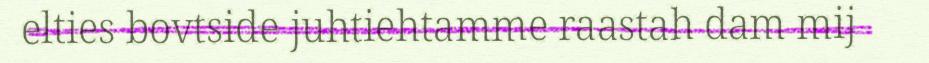
elties bovtside juhtiehtamme raastah dam mij